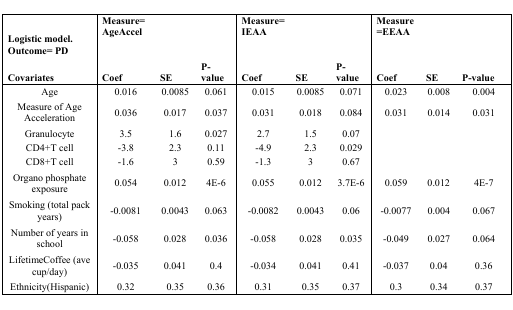
<table><thead><tr><td><b>Logistic model.Outcome= PD</b></td><td colspan="3"><b>Measure=AgeAccel</b></td><td colspan="3"><b>Measure=IEAA</b></td><td colspan="3"><b>Measure=EEAA</b></td></tr><tr><td><b>Covariates</b></td><td><b>Coef</b></td><td><b>SE</b></td><td><b>P-value</b></td><td><b>Coef</b></td><td><b>SE</b></td><td><b>P-value</b></td><td><b>Coef</b></td><td><b>SE</b></td><td><b>P-value</b></td></tr></thead><tbody><tr><td>Age</td><td>0.016</td><td>0.0085</td><td>0.061</td><td>0.015</td><td>0.0085</td><td>0.071</td><td>0.023</td><td>0.008</td><td>0.004</td></tr><tr><td>Measure of Age Acceleration</td><td>0.036</td><td>0.017</td><td>0.037</td><td>0.031</td><td>0.018</td><td>0.084</td><td>0.031</td><td>0.014</td><td>0.031</td></tr><tr><td>Granulocyte</td><td>3.5</td><td>1.6</td><td>0.027</td><td>2.7</td><td>1.5</td><td>0.07</td><td></td><td></td><td></td></tr><tr><td>CD4+T cell</td><td>−3.8</td><td>2.3</td><td>0.11</td><td>−4.9</td><td>2.3</td><td>0.029</td><td></td><td></td><td></td></tr><tr><td>CD8+T cell</td><td>−1.6</td><td>3</td><td>0.59</td><td>−1.3</td><td>3</td><td>0.67</td><td></td><td></td><td></td></tr><tr><td>Organo phosphate exposure</td><td>0.054</td><td>0.012</td><td>4E-6</td><td>0.055</td><td>0.012</td><td>3.7E-6</td><td>0.059</td><td>0.012</td><td>4E-7</td></tr><tr><td>Smoking (total pack years)</td><td>−0.0081</td><td>0.0043</td><td>0.063</td><td>−0.0082</td><td>0.0043</td><td>0.06</td><td>−0.0077</td><td>0.004</td><td>0.067</td></tr><tr><td>Number of years in school</td><td>−0.058</td><td>0.028</td><td>0.036</td><td>−0.058</td><td>0.028</td><td>0.035</td><td>−0.049</td><td>0.027</td><td>0.064</td></tr><tr><td>LifetimeCoffee (ave cup/day)</td><td>−0.035</td><td>0.041</td><td>0.4</td><td>−0.034</td><td>0.041</td><td>0.41</td><td>−0.037</td><td>0.04</td><td>0.36</td></tr><tr><td>Ethnicity(Hispanic)</td><td>0.32</td><td>0.35</td><td>0.36</td><td>0.31</td><td>0.35</td><td>0.37</td><td>0.3</td><td>0.34</td><td>0.37</td></tr></tbody></table>